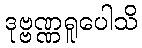
ဒုဗ္ဗဏ္ဏရူပေါသိ